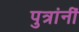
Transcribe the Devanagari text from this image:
पुत्रांनीं